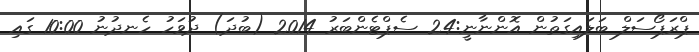
ޕްރަޕޯސަލް ބަލައިގަތުން އޮންނާނީ:24 ސެޕްޓެންބަރު 2014 (ބުދަ) ދުވަހު ހެނދުނު 10:00 ގައި